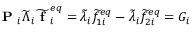
\textbf { P } _ { i } \widetilde { \Lambda } _ { i } \widetilde { \textbf { f } } _ { i } ^ { e q } = \widetilde { \lambda } _ { i } \widetilde { f } _ { 1 i } ^ { e q } - \widetilde { \lambda } _ { i } \widetilde { f } _ { 2 i } ^ { e q } = G _ { i }